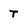
Character: t